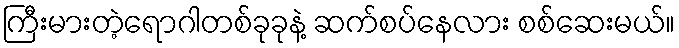
ကြီးမားတဲ့ရောဂါတစ်ခုခုနဲ့ ဆက်စပ်နေလား စစ်ဆေးမယ်။